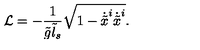
{ \cal L } = - \frac { 1 } { \tilde { g } \tilde { l } _ { s } } \sqrt { 1 - \dot { \tilde { x } } ^ { i } \dot { \tilde { x } } ^ { i } } .